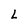
Character: L